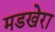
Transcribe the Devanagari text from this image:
मडखेरा